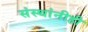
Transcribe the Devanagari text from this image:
संस्थांनीही